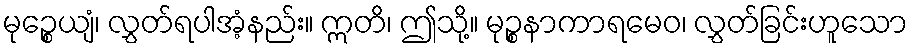
မုဉ္စေယျံ၊ လွှတ်ရပါအံ့နည်း။ ဣတိ၊ ဤသို့။ မုဉ္စနာကာရမေဝ၊ လွှတ်ခြင်းဟူသော